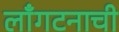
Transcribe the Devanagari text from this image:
लाँगटनाची